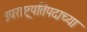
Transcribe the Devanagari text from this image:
उपराष्ट्रपतिपदाच्या